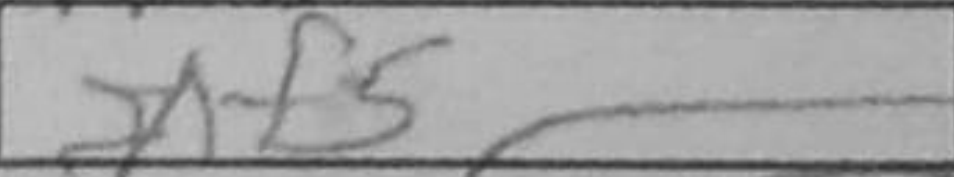
Transcription: dxf5